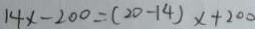
1 4 x - 2 0 0 = ( 2 0 - 1 4 ) x + 2 0 0